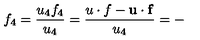
f _ { 4 } = \frac { u _ { 4 } f _ { 4 } } { u _ { 4 } } = \frac { u \cdot f - \mathbf { u } \cdot \mathbf { f } } { u _ { 4 } } = -